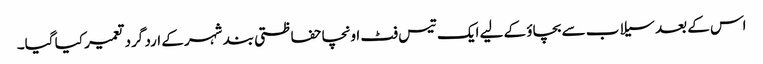
اس کے بعد سیلاب سے بچاؤ کے لیے ایک تیس فٹ اونچا حفاظتی بند شہر کے ارد گرد تعمیر کیا گیا۔